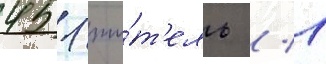
451 жи́т'ель / 1